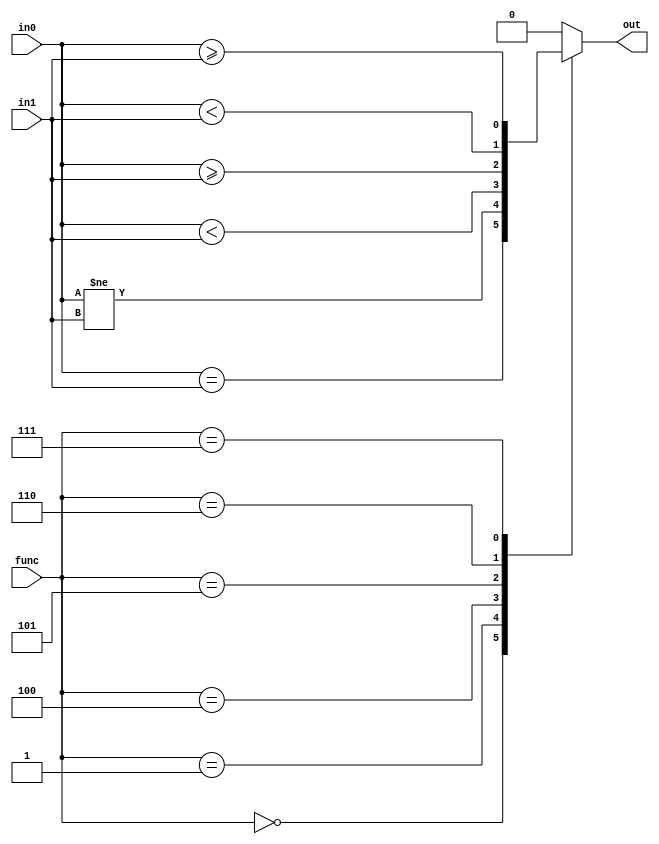
module branch(out, in0, in1, func);

input [31:0] in0, in1;
input [2:0] func;
output out;

reg out;

`define eq  3'b000
`define ne  3'b001
`define lt  3'b100
`define ge  3'b101
`define ltu 3'b110
`define geu 3'b111

always @ (*)
begin
    case(func)
    `eq:  out = (in0 == in1);
    `ne:  out = (in0 != in1);
    `lt:  out = ($signed(in0) < $signed(in1));
    `ge:  out = ($signed(in0) >= $signed(in1));
    `ltu: out = (in0 < in1);
    `geu: out = (in0 >= in1);
    default: out = 1'b0;
    endcase
end

endmodule